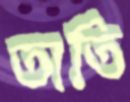
তাতি